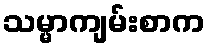
သမ္မာကျမ်းစာက